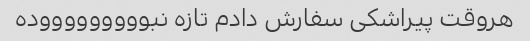
هروقت پیراشکی سفارش دادم تازه نبوووووووووده